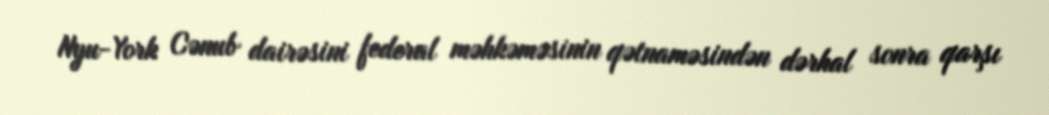
Nyu-York Cənub dairəsini federal məhkəməsinin qətnaməsindən dərhal sonra qarşı